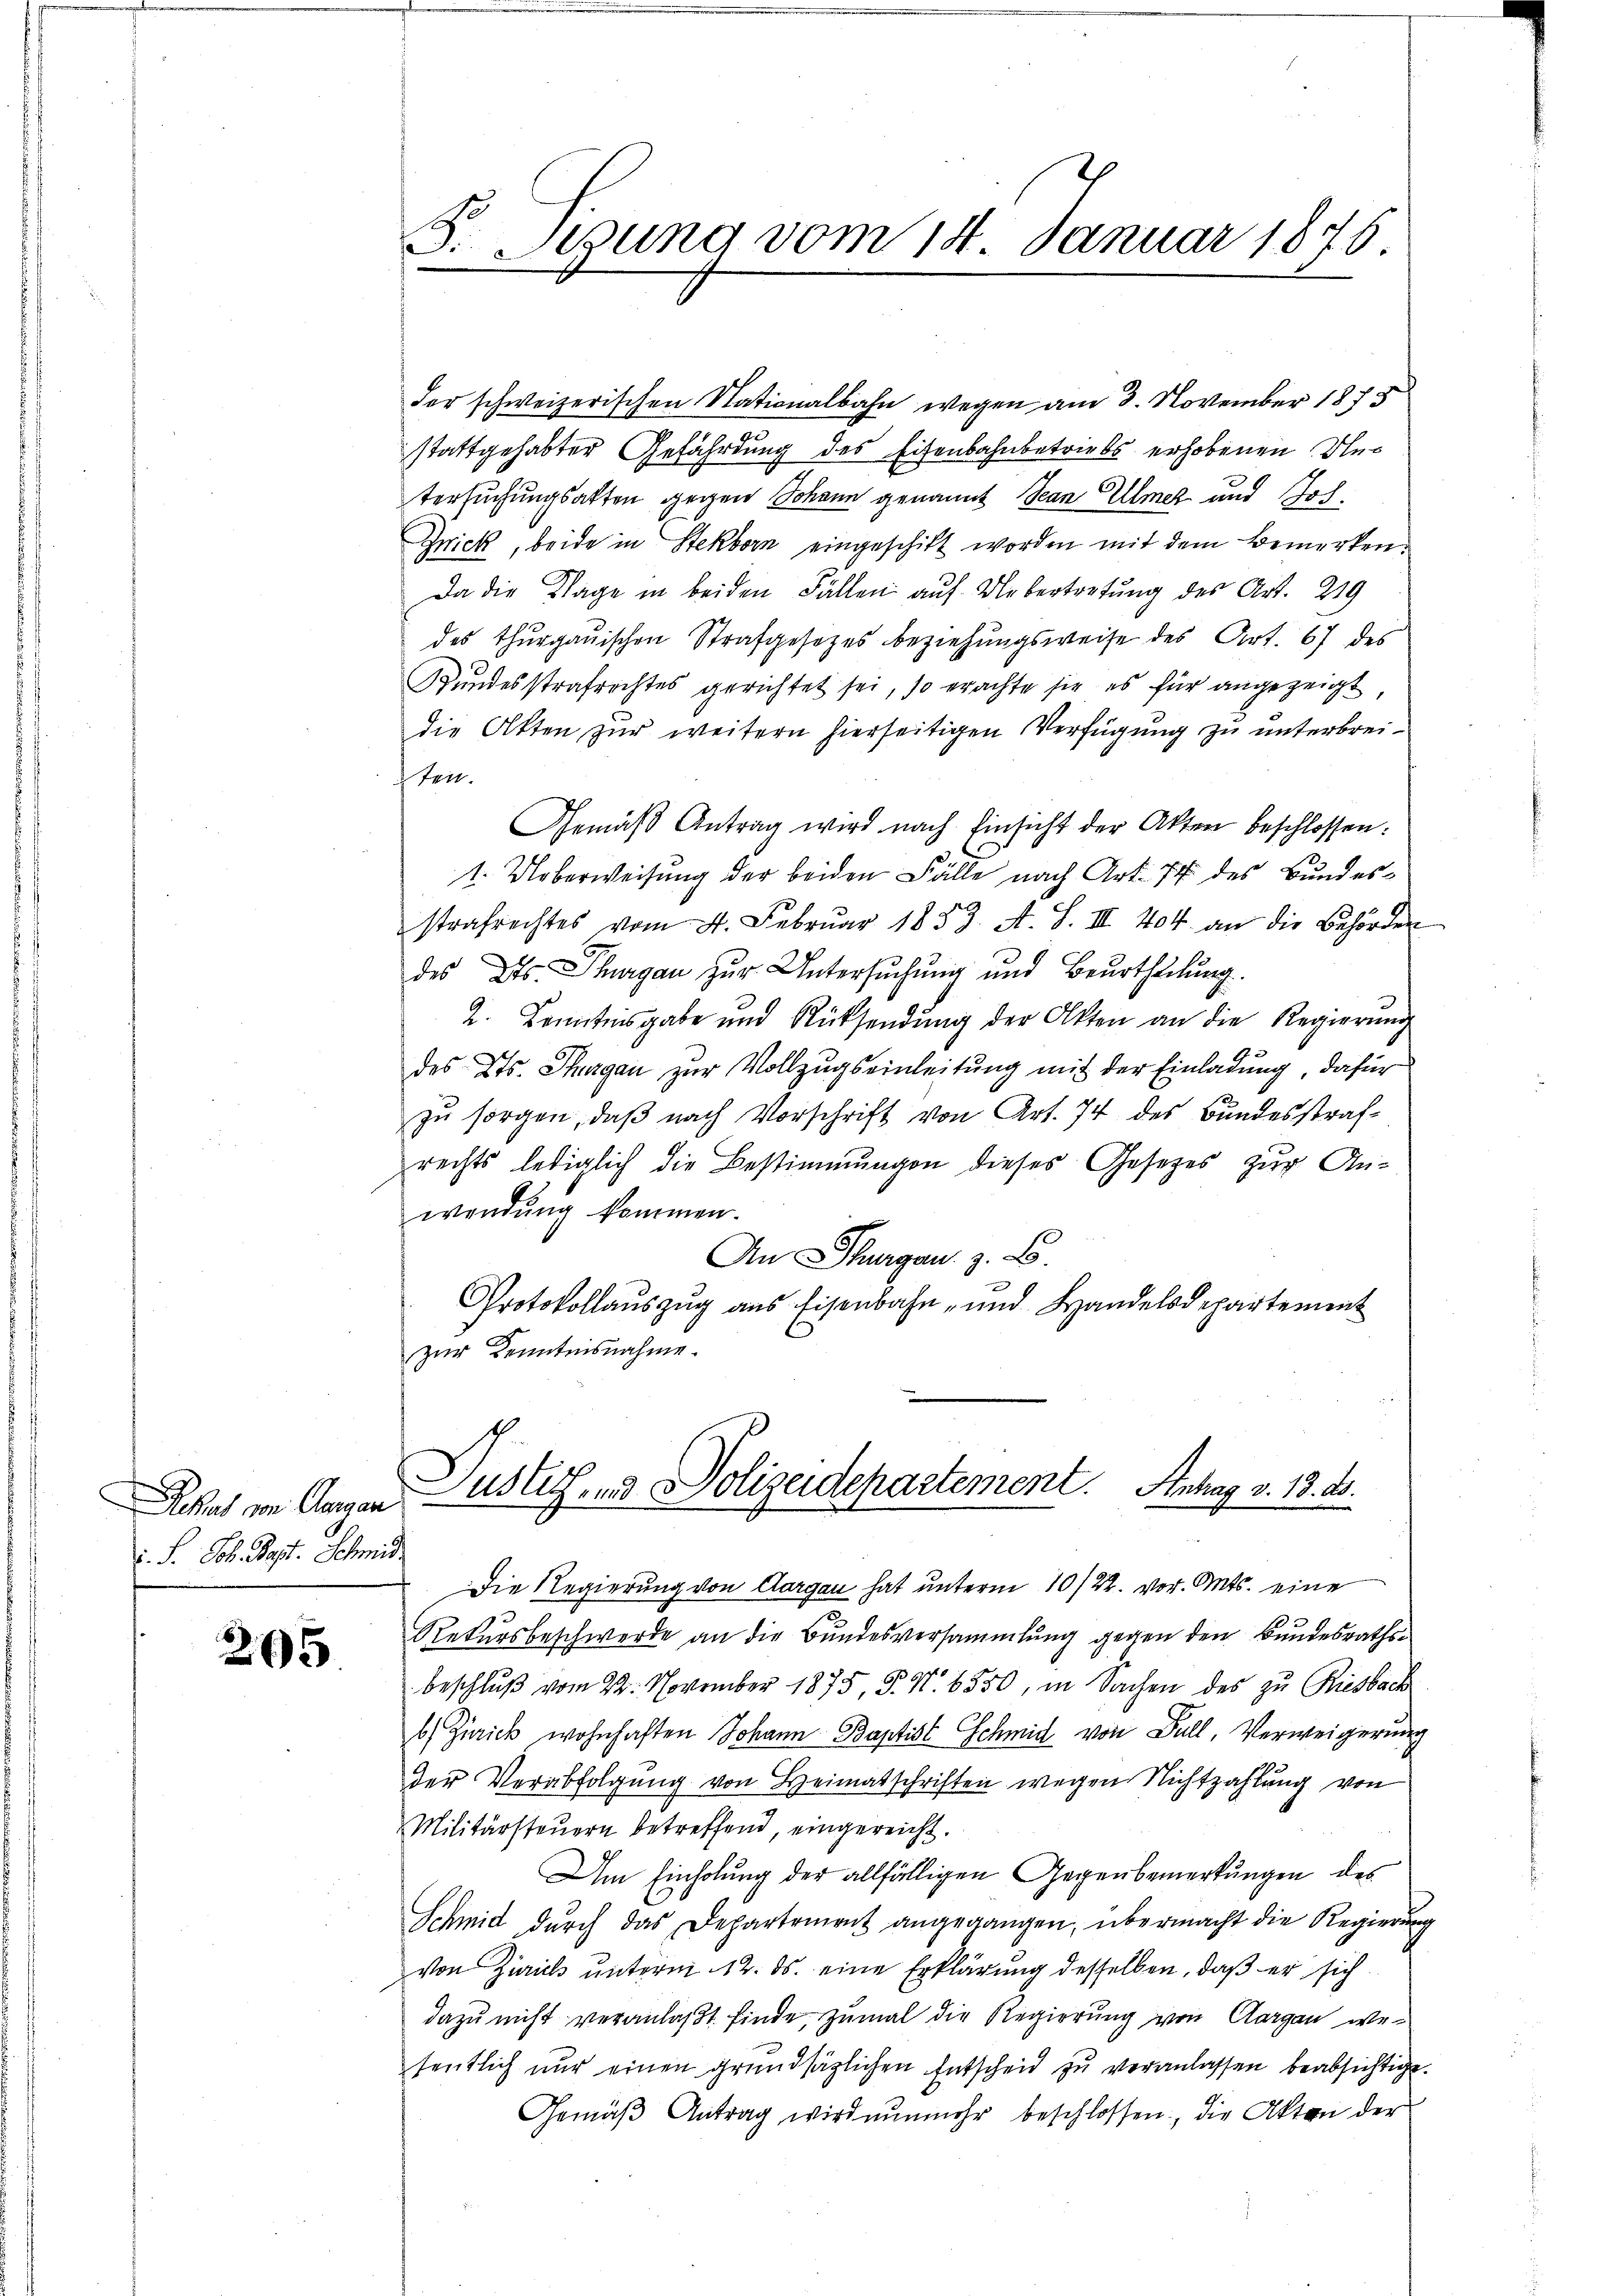
Dikas von Aargau
. F. Joh. Bapt. Schmidt

205

S. Segung vom 14. Januar 1876

der schweizerischen Nationalbahn wegen am 3. November 1875
stattgehabter Gefährdung des Eisenbahnbetriebs erhobenen Aus
tersuchungsakten gegen Johann genannt San Ulmez und Hoch¬
Zwick, beide in Stekborn eingeschikt worden mit dem Bemerken¬
Da die Klage in beiden Fällen auf Uebertretung des Art. 219
des Thurgauischen Strafgesetzes beziehungsweise des Art. 67 des
Bundesstrafrechtes gerichtet sei, so erachte sie es für angezeigt,
die Akten zur weitern hierseitigen Verfügung zu unterbreiten.
Gemäβ Antrag wird nach Einsicht der Akten beschlossen:
1. Ueberweisung der beiden Fälle nach Art. 74 des Bundesstrafrechtes vom 4. Febrŭar 1857. A. S. III 404. an die Behörden
des Kts. Thurgau zur Untersuchung und Beurtheilung.
2. Kenntnisgabe und Rücksendŭng der Akten an die Regierŭng
des Kts. Thurgau zur Vollzugseinleitung mit der Einladung, dafür
zŭ sorgen, daβ nach Vorschrift von Art. 74 des Bundesstraf-
rechts lediglich die Bestimmungen dieses Gesetzes zur Anwendung kommen.
An Thurgau. z. B.
Protokollauszug aus Eisenbahn- und Handelsdepartement
zur Kenntnisnahme.

Justiz- und Polizeidepartement. Antrag v. 13. ds.

Die Regierung von Aargau hat unterm 10/22. vor. Mts. eine
Rekursbeschwerde an die Bundesversammlung gegen den Bundesrathsbeschlŭβ vom 22. November 1875, P. Nr. 6550, in Sachen des zu Riesbach
b) Zürich wohnhaften Johann Baptist Schmid von Ball, Verweigerung
der Verabfolgung von Heimatschriften wegen Nichtzahlung von
Militärsteuern betreffend eingereicht.
Am Einholung der allfälligen Gegenbemerkungen des
Schmid dŭrch das Departement angegangen, übermacht die Regierung
von Zürich unterm 12. ds. eine Erklärung desselben, daß er sich
dazu nicht veranlaßt finde, zumal die Regierung von Aargau wesentlich nur einen grundsätzlichen Entscheid zu veranlassen beabsichtigt.
Gemäβ Antrag wird nunmehr beschlossen, die Akten der